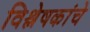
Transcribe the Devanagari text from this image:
विश्लेषकांचे